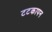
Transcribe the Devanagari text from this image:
टटकापन